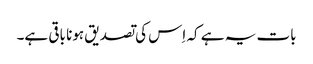
بات یہ ہے کہ اِس کی تصدیق ہونا باقی ہے۔